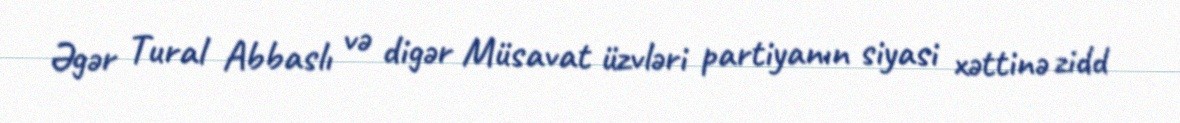
Əgər Tural Abbaslı və digər Müsavat üzvləri partiyanın siyasi xəttinə zidd